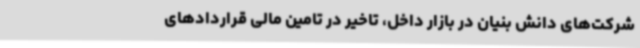
شرکت‌های دانش بنیان در بازار داخل، تاخیر در تامین مالی قراردادهای